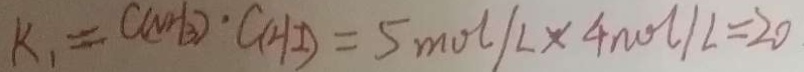
k _ { 1 } = C ( N H _ { 3 } ) \cdot C ( H I ) = 5 m o l / L \times 4 n o l / L = 2 0